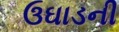
ઉઘાડની